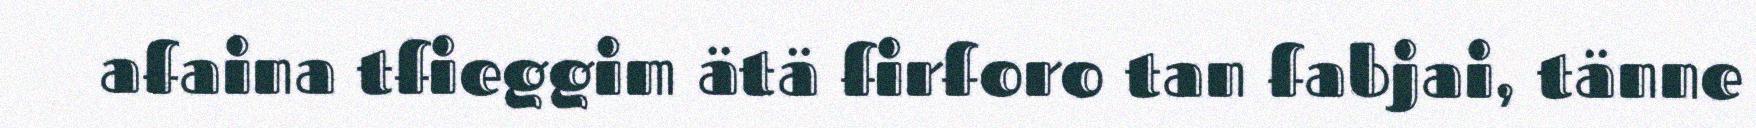
afaina tfieggim ätä firforo tan fabjai, tänne